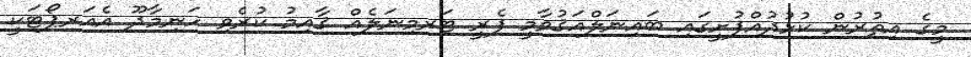
މީގެ އިތުރުން ކުޅުދުއްފުށީގައި ބައިނަލްއަޤުވާމީ ފެރީ ޓަރމިނަލެއް ޤާއިމު ކުރެވި ހަނިމާދޫ އެއަރޕޯޓަކީ